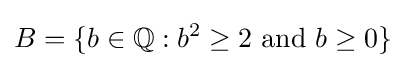
B=\{b\in \mathbb {Q} :b^{2}\geq 2{\text{ and }}b\geq 0\}